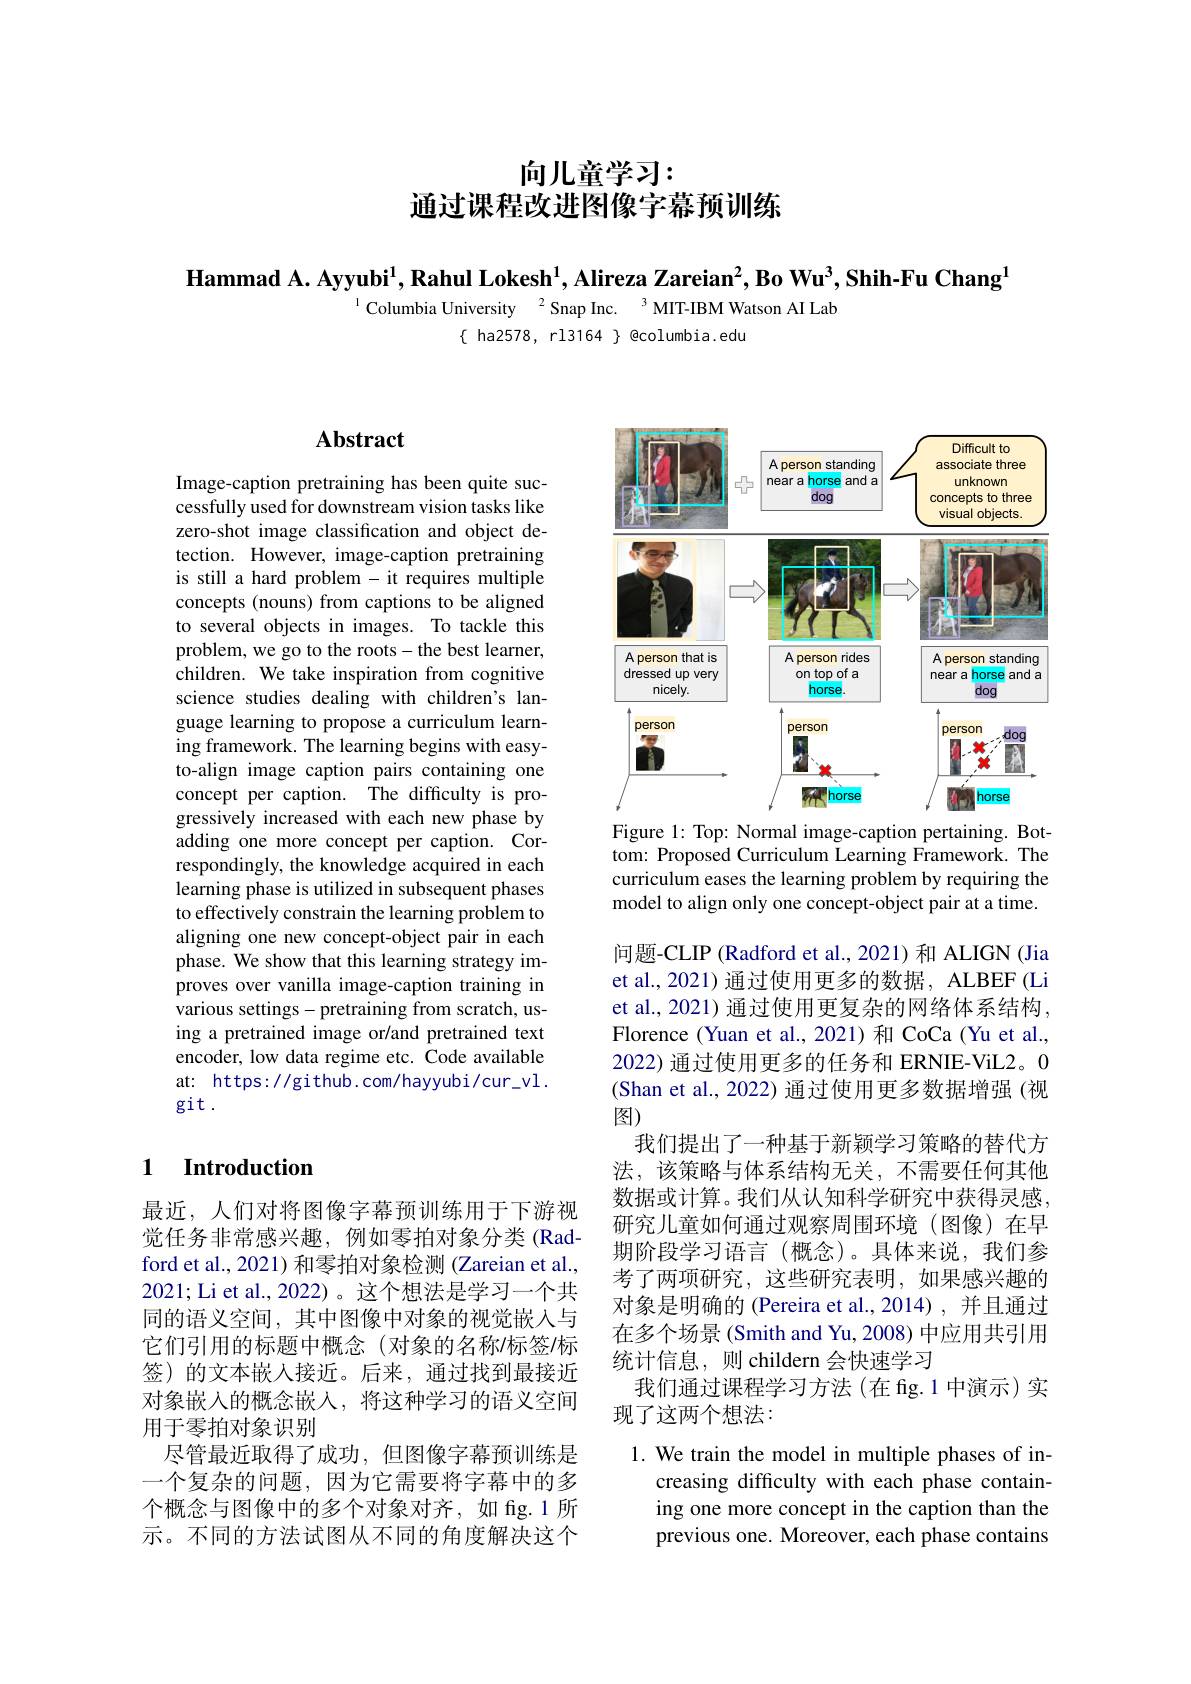
# 向儿童学习：
通过课程改进图像字幕预训练

$\textbf{Hammad A. Ayyubi}^1,\textbf{Rahul Lokesh}^1,\textbf{Alireza Zareian}^2,\textbf{Bo Wu}^3,\textbf{Shih-Fu Chang}^1$
$^{1}$Columbia University$^{2}$Snap Inc.
$^3$MIT- IBM Watson AI Lab
$\{$ha2578, rl3164 $\}$ @columbia.edu

## Abstract

Image-caption pretraining has been quite successfully used for downstream vision tasks like zero-shot image classification and object detection. However, image-caption pretraining is still a hard problem - it requires multiple concepts (nouns) from captions to be aligned to several objects in images. To tackle this problem, we go to the roots- the best learner, children. We take inspiration from cognitive science studies dealing with children's language learning to propose a curriculum learning framework. The learning begins with easyto-align image caption pairs containing one concept per caption. The difficulty is progressively increased with each new phase by adding one more concept per caption. Correspondingly, the knowledge acquired in each learning phase is utilized in subsequent phases to effectively constrain the learning problem to aligning one new concept-object pair in each phase. We show that this learning strategy improves over vanilla image-caption training in various settings-pretraining from scratch, using a pretrained image or/and pretrained text encoder, low data regime etc. Code available at: https://github.com/hayyubi/cur\_vl. git .

### 1 $\textbf{Introduction}$

最近，人们对将图像字幕预训练用于下游视觉任务非常感兴趣，例如零拍对象分类(Radford et al., 2021) 和零拍对象检测 (Zareian et al., 2021; Li et al., 2022)。这个想法是学习一个共同的语义空间，其中图像中对象的视觉嵌入与它们引用的标题中概念(对象的名称/标签/标签)的文本嵌入接近。后来，通过找到最接近对象嵌入的概念嵌入，将这种学习的语义空间用于零拍对象识别
尽管最近取得了成功，但图像字幕预训练是一个复杂的问题，因为它需要将字幕中的多个概念与图像中的多个对象对齐，如 fig.1 所示。不同的方法试图从不同的角度解决这个

<FigureHere>
Figure 1: Top: Normal image-caption pertaining. Bot-

tom: Proposed Curriculum Learning Framework. The curriculum eases the learning problem by requiring the model to align only one concept-object pair at a time.

问题-CLIP (Radford et al., 2021)和 ALIGN (Jia et al., 2021) 通过使用更多的数据，ALBEF (Li et al., 2021) 通过使用更复杂的网络体系结构， Florence (Yuan et al., 2021) 和 CoCa (Yu et al., 2022) 通过使用更多的任务和 ERNIE-ViL2。0 (Shan et al., 2022) 通过使用更多数据增强 (视图)
我们提出了一种基于新颖学习策略的替代方法，该策略与体系结构无关，不需要任何其他数据或计算。我们从认知科学研究中获得灵感， 研究儿童如何通过观察周围环境(图像)在早期阶段学习语言(概念)。具体来说，我们参考了两项研究，这些研究表明，如果感兴趣的对象是明确的 (Pereira et al.,2014) ,并且通过在多个场景(Smith and Yu, 2008) 中应用共引用统计信息，则 childern 会快速学习
我们通过课程学习方法(在 fig.1 中演示) 实
现了这两个想法：
1. We train the model in multiple phases of in-

creasing difficulty with each phase containing one more concept in the caption than the previous one. Moreover, each phase contains